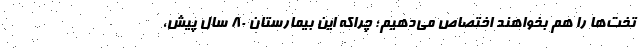
تخت‌‌ها را هم بخواهند اختصاص می‌دهیم؛ چراکه این بیمارستان ۸۰ سال پیش،